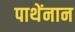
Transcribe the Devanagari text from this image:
पाथेंनान